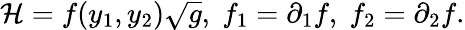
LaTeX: {\cal H}=f(y_{1},y_{2})\sqrt{g},\; f_{1}=\partial_{1}f,\; f_{2}=\partial_{2}f.